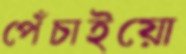
পেঁচাইয়ো